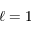
\ell = 1